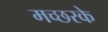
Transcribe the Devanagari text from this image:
मच्छरके